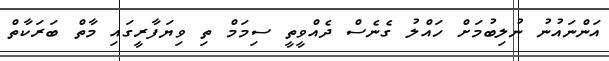
އަންނައުނު ނުލިބުމަށް ހައްލު ގެނެސް ދެެއްވީތީ ސިމަމް ތި ވިޔަފާރީގައި މާތް ބަރަކާތް